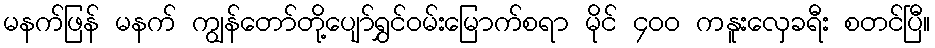
မနက်ဖြန် မနက် ကျွန်တော်တို့ပျော်ရွှင်ဝမ်းမြောက်စရာ မိုင် ၄၀၀ ကနူးလှေခရီး စတင်ပြီ။